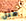
مثل